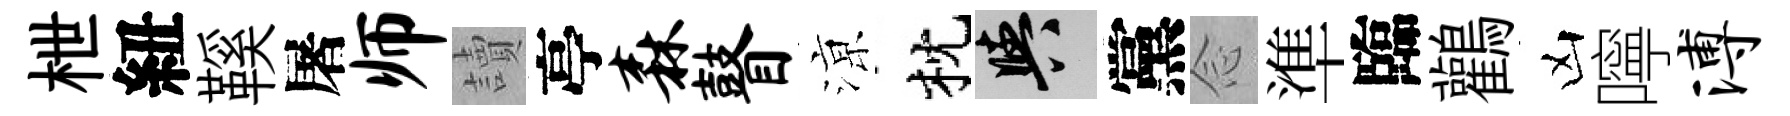
枻紐鞵屠师讀亭森瞽鿌枕阳黨𫝹準臨鸛凶嚀溥